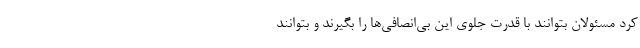
کرد مسئولان بتوانند با قدرت جلوی این بی‌انصافی‌ها را بگیرند و بتوانند